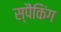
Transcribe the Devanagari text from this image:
स्पैंकिंग